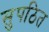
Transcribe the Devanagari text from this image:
सुपठित